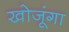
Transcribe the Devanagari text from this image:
खोजूंगा